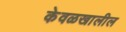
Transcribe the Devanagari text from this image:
केवळखालील